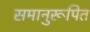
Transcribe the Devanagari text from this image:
समानुरूपित